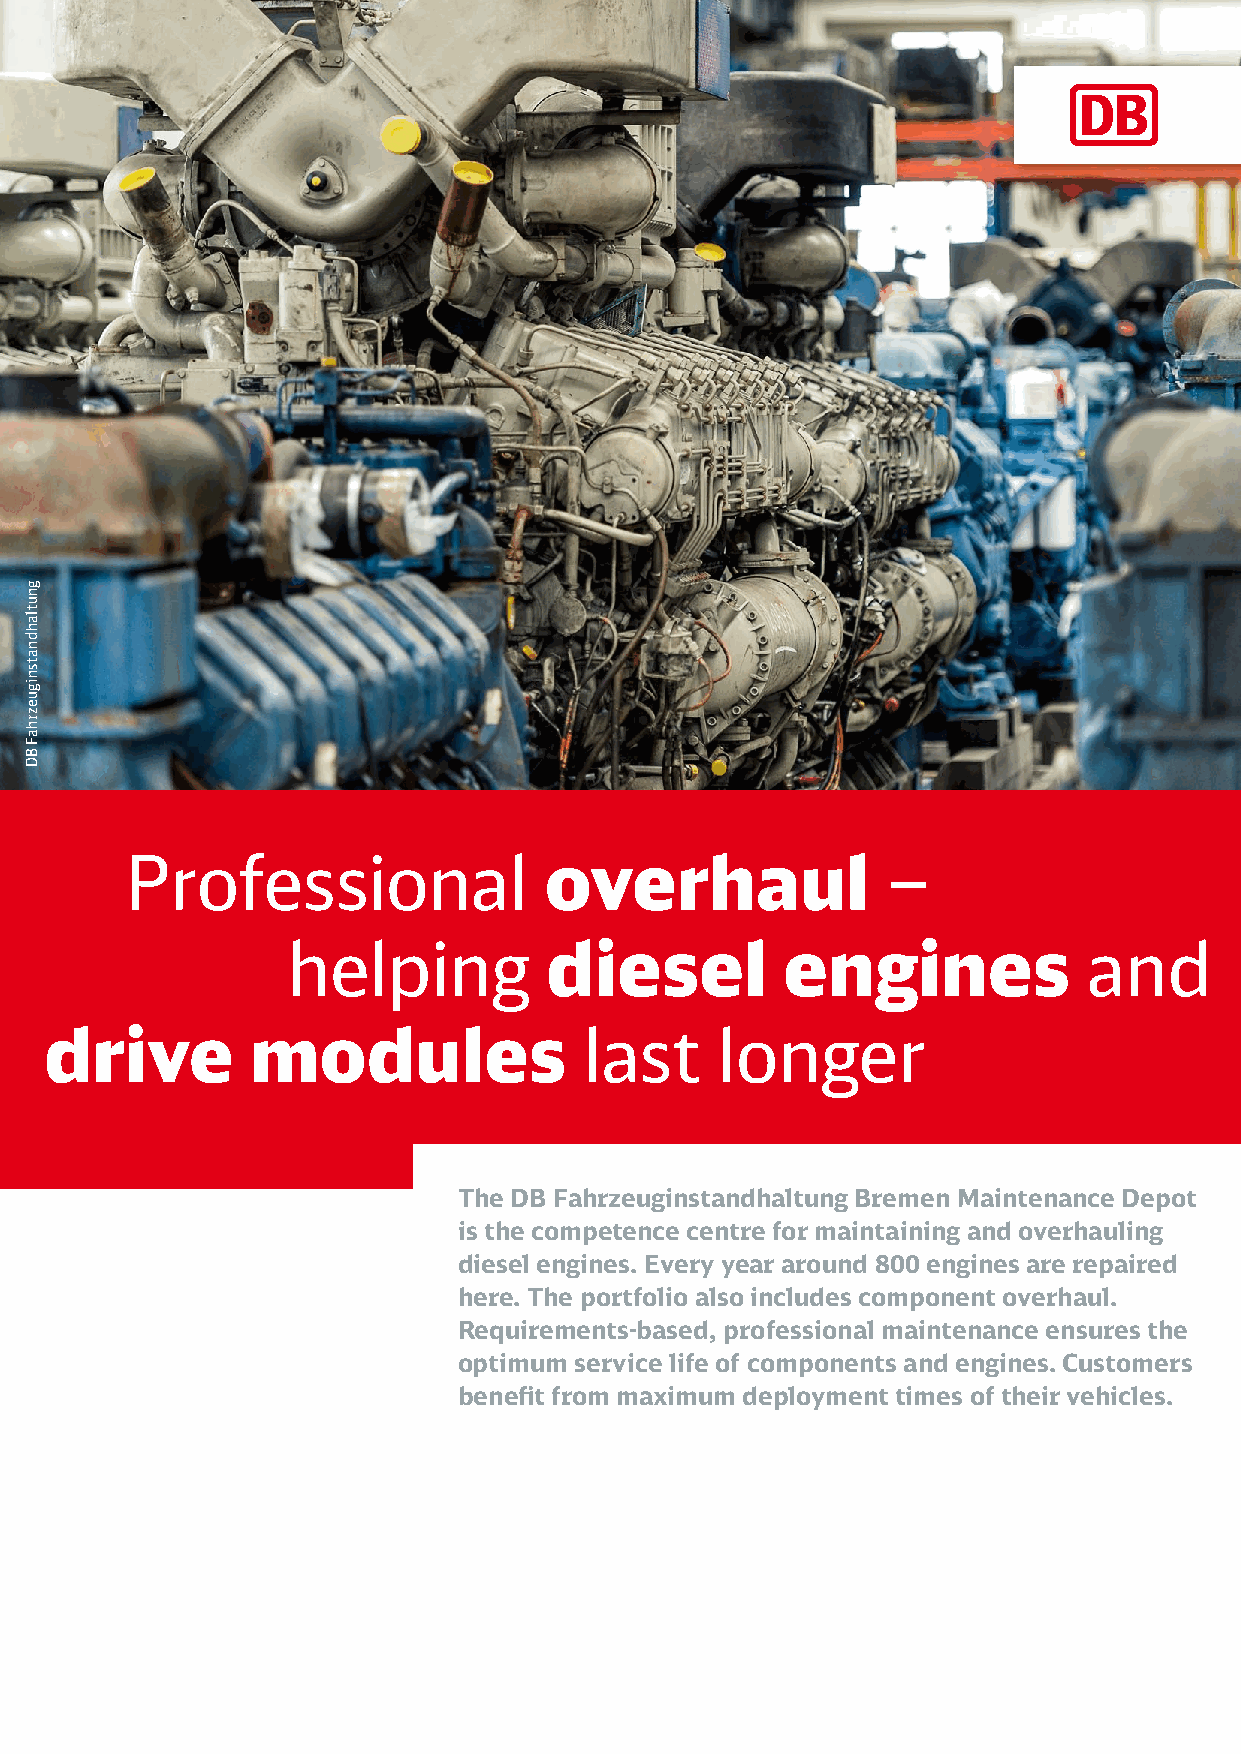
Professional                overhaul               –
 helping          diesel          engines             and
 drive         modules               last    longer
 The DB Fahrzeuginstandhaltung Bremen Maintenance Depot
 is the competence centre for maintaining and overhauling
 diesel engines. Every year around 800 engines are repaired
 here. The portfolio also includes component overhaul.
 Requirements-based, professional maintenance ensures the
 optimum service life of components and engines. Customers
 benefit from maximum deployment times of their vehicles.
 gnutlahdnatsniguezrhaF
 BD